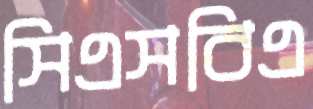
সিএসবিএ